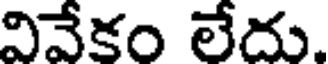
వివేకం లేదు.